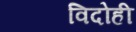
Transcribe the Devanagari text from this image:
विदोही